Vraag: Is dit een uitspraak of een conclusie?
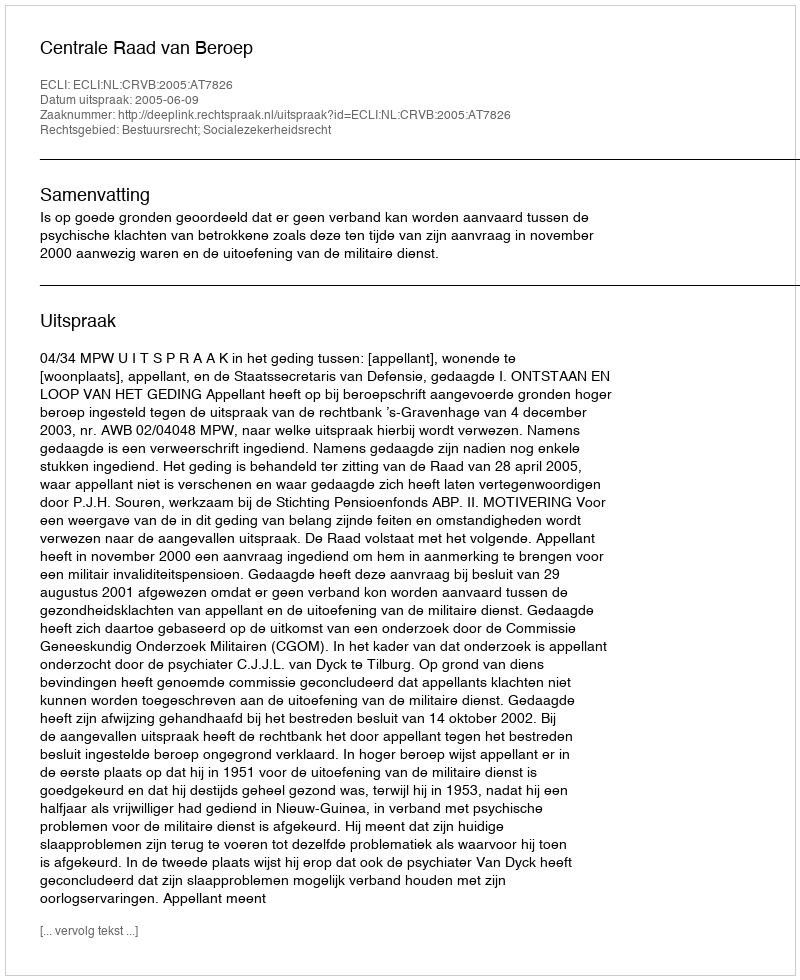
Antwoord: Uitspraak